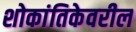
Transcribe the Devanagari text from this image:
शोकांतिकेवरील